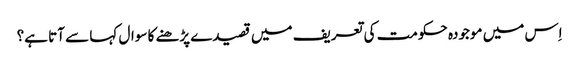
اِس میں موجودہ حکومت کی تعریف میں قصیدے پڑھنے کا سوال کہا سے آتا ہے؟